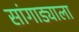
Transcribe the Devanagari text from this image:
सांगाड्याला